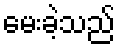
မေးခဲ့သည်